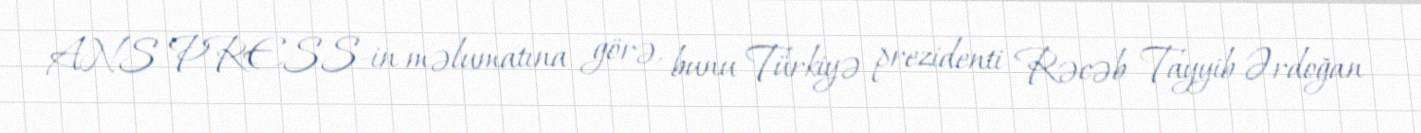
ANS PRESS-in məlumatına görə, bunu Türkiyə prezidenti Rəcəb Tayyib Ərdoğan